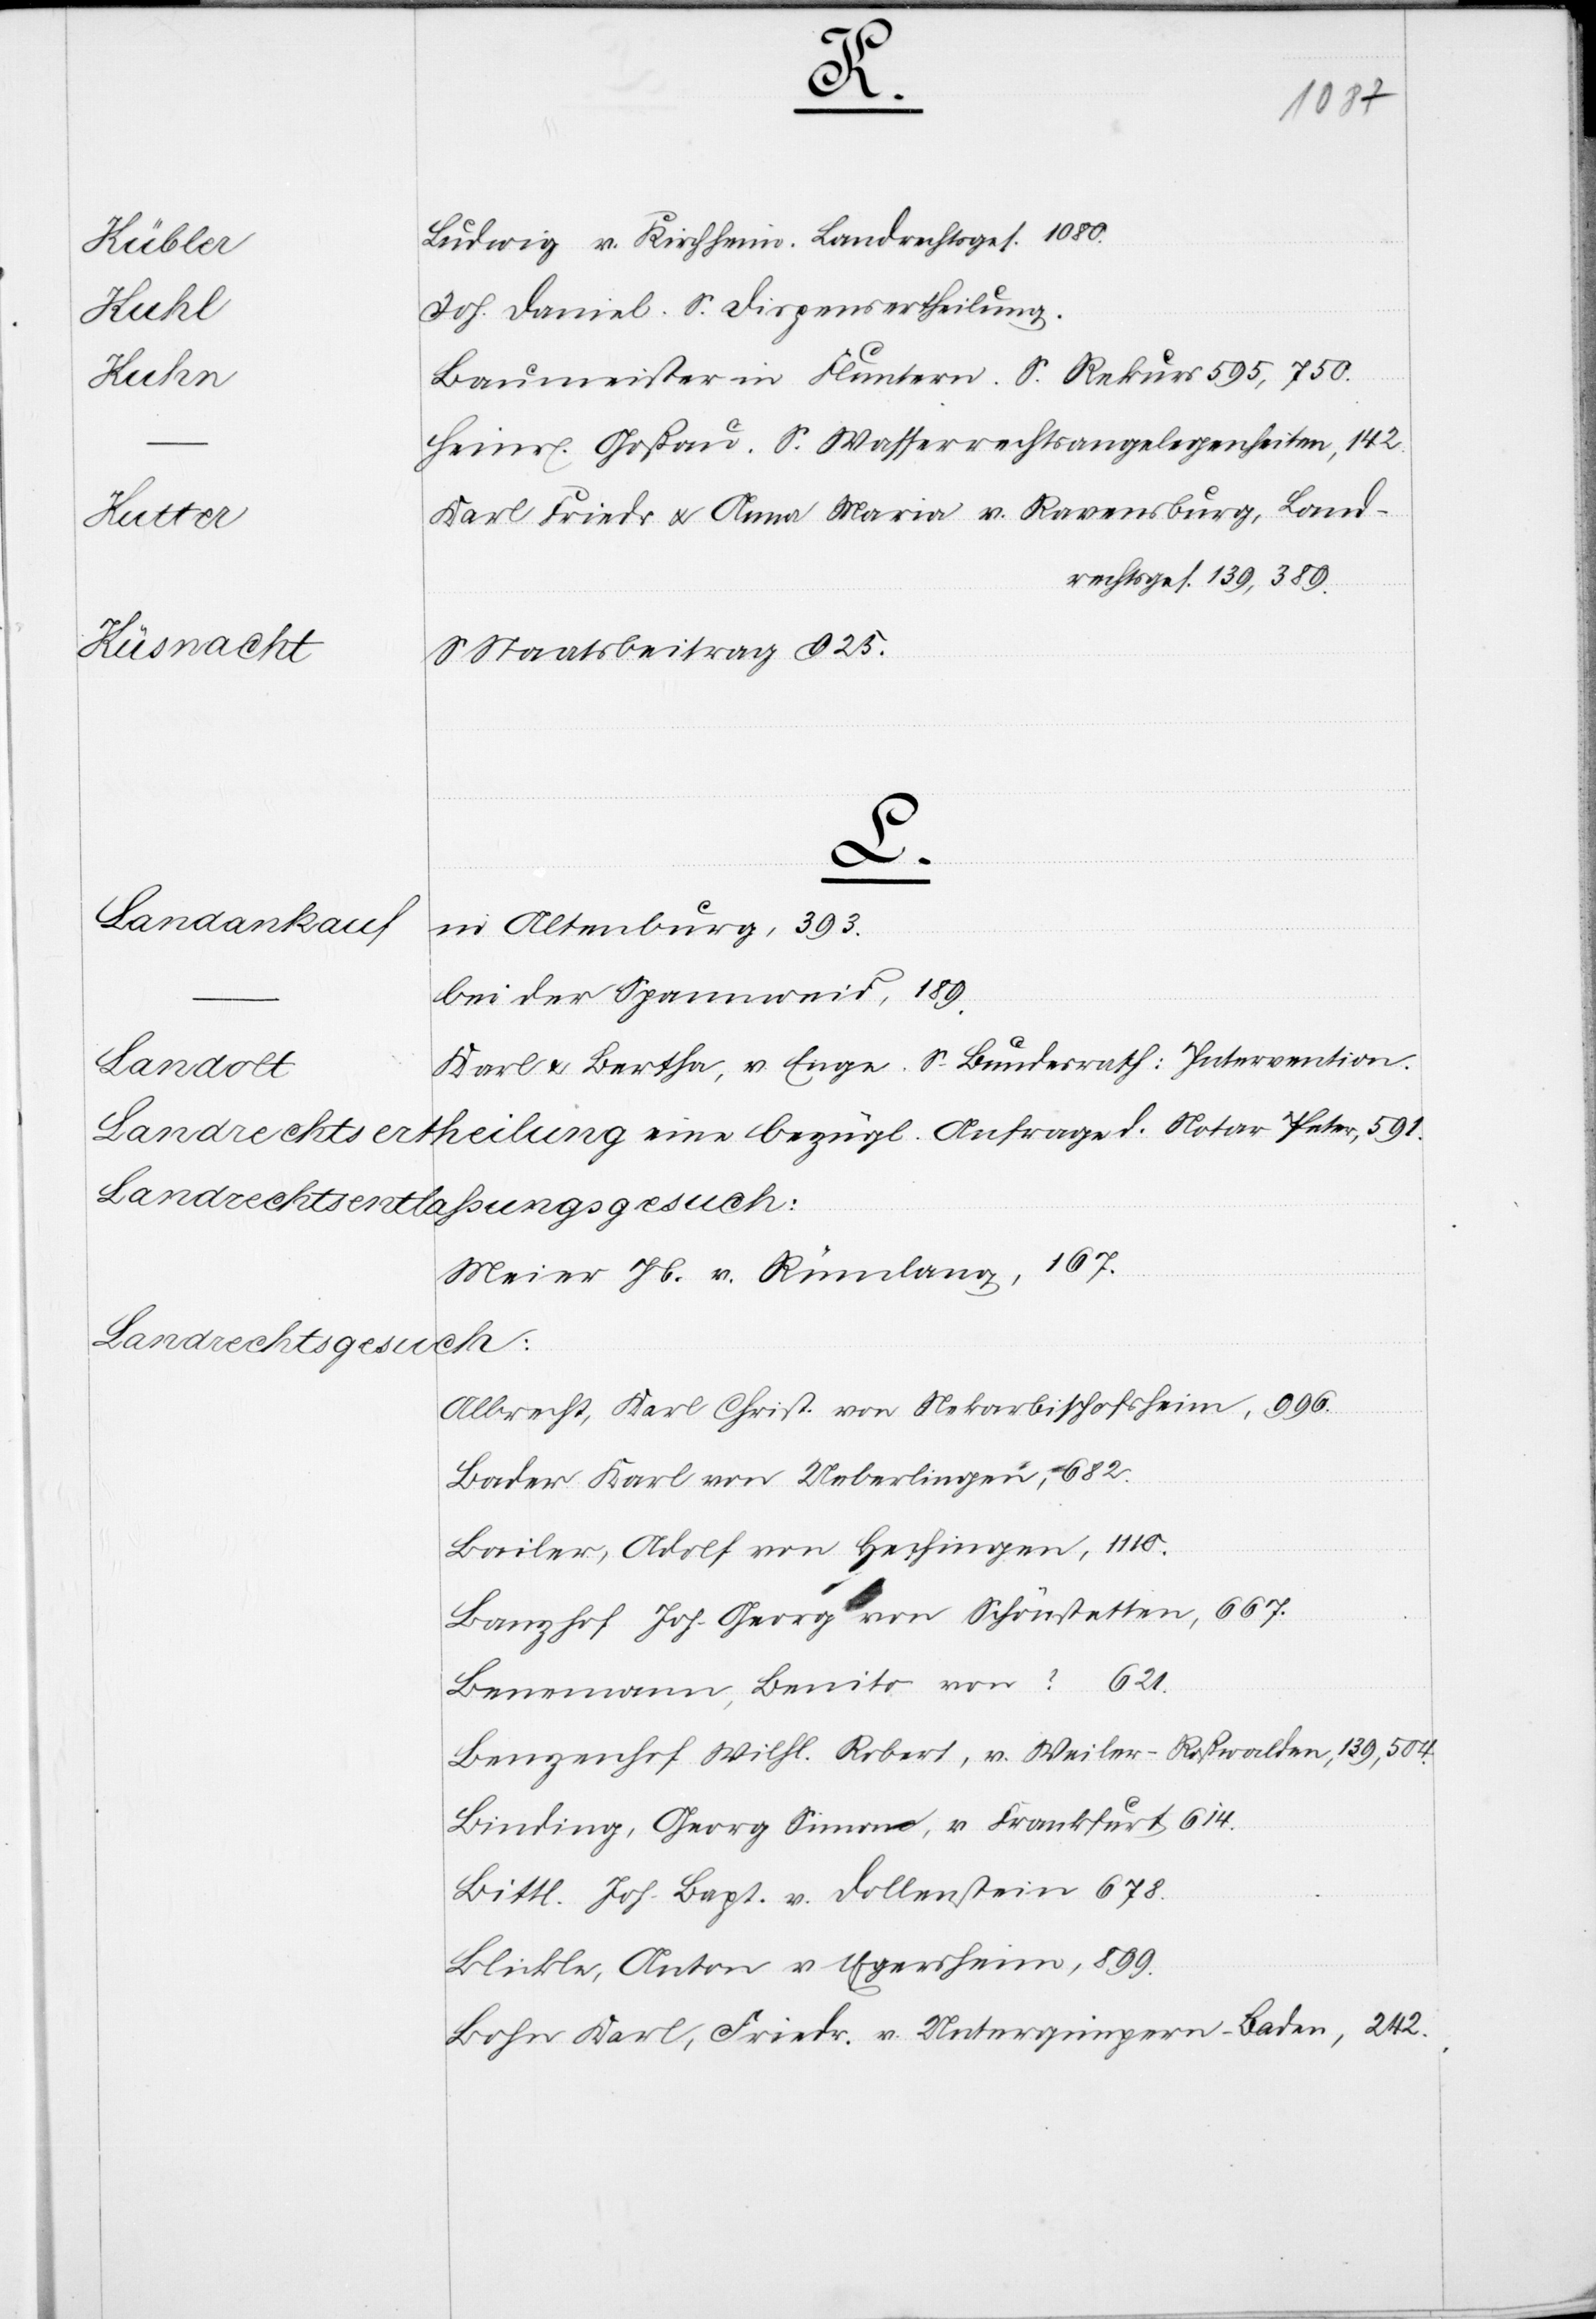
3.
Mittheilung
Rückstel¬
daß er
Finanzen.
Landrechtsurkunde
Akten,